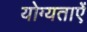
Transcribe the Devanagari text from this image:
योग्यताऐं